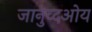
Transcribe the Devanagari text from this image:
जानुव्दओय